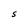
Character: S